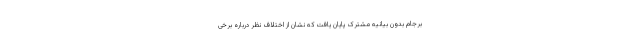
برجام بدون بیانیه مشترک پایان یافت که نشان از اختلاف نظر درباره برخی